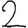
Digit: 2